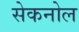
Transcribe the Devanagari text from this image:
सेकनोल